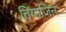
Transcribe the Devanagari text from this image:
तियाजिन